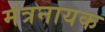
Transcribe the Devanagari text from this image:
मंत्रनायक